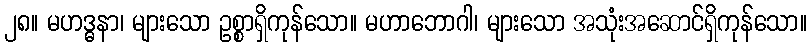
၂၈။ မဟဒ္ဓနာ၊ များသော ဥစ္စာရှိကုန်သော။ မဟာဘောဂါ၊ များသော အသုံးအဆောင်ရှိကုန်သော။